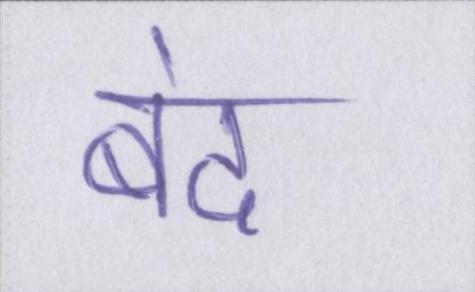
बंद